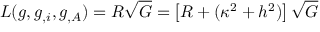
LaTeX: { \cal L } ( g , g _ { , i } , g _ { , A } ) = { \cal R } \sqrt { { \cal G } } = \left[ R + ( \kappa ^ { 2 } + h ^ { 2 } ) \right] \sqrt { { \cal G } }